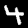
Label: 4